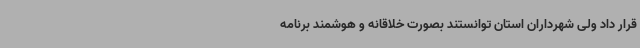
قرار داد ولی شهرداران استان توانستند بصورت خلاقانه و هوشمند برنامه